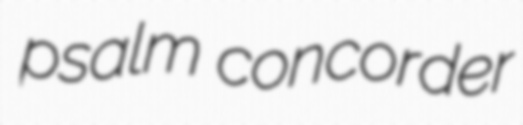
psalm concorder